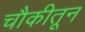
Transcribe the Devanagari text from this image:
चौकीतून